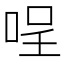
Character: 𠴔